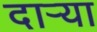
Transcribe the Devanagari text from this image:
दार्‍या